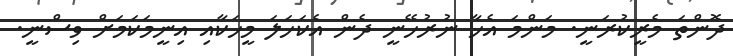
ދޮންތަ މެރީކުރަނީ. މަންމަ އެހާ ނުރުހޭނީ ދެން އެކަހަލަ މީހަކާއި އިނީމަކަމަށް ވިސްނީ.